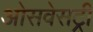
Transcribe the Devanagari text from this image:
ओसवेसट्री